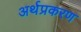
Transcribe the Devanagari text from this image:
अर्थप्रकरण